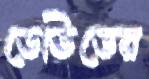
ডেভিডের